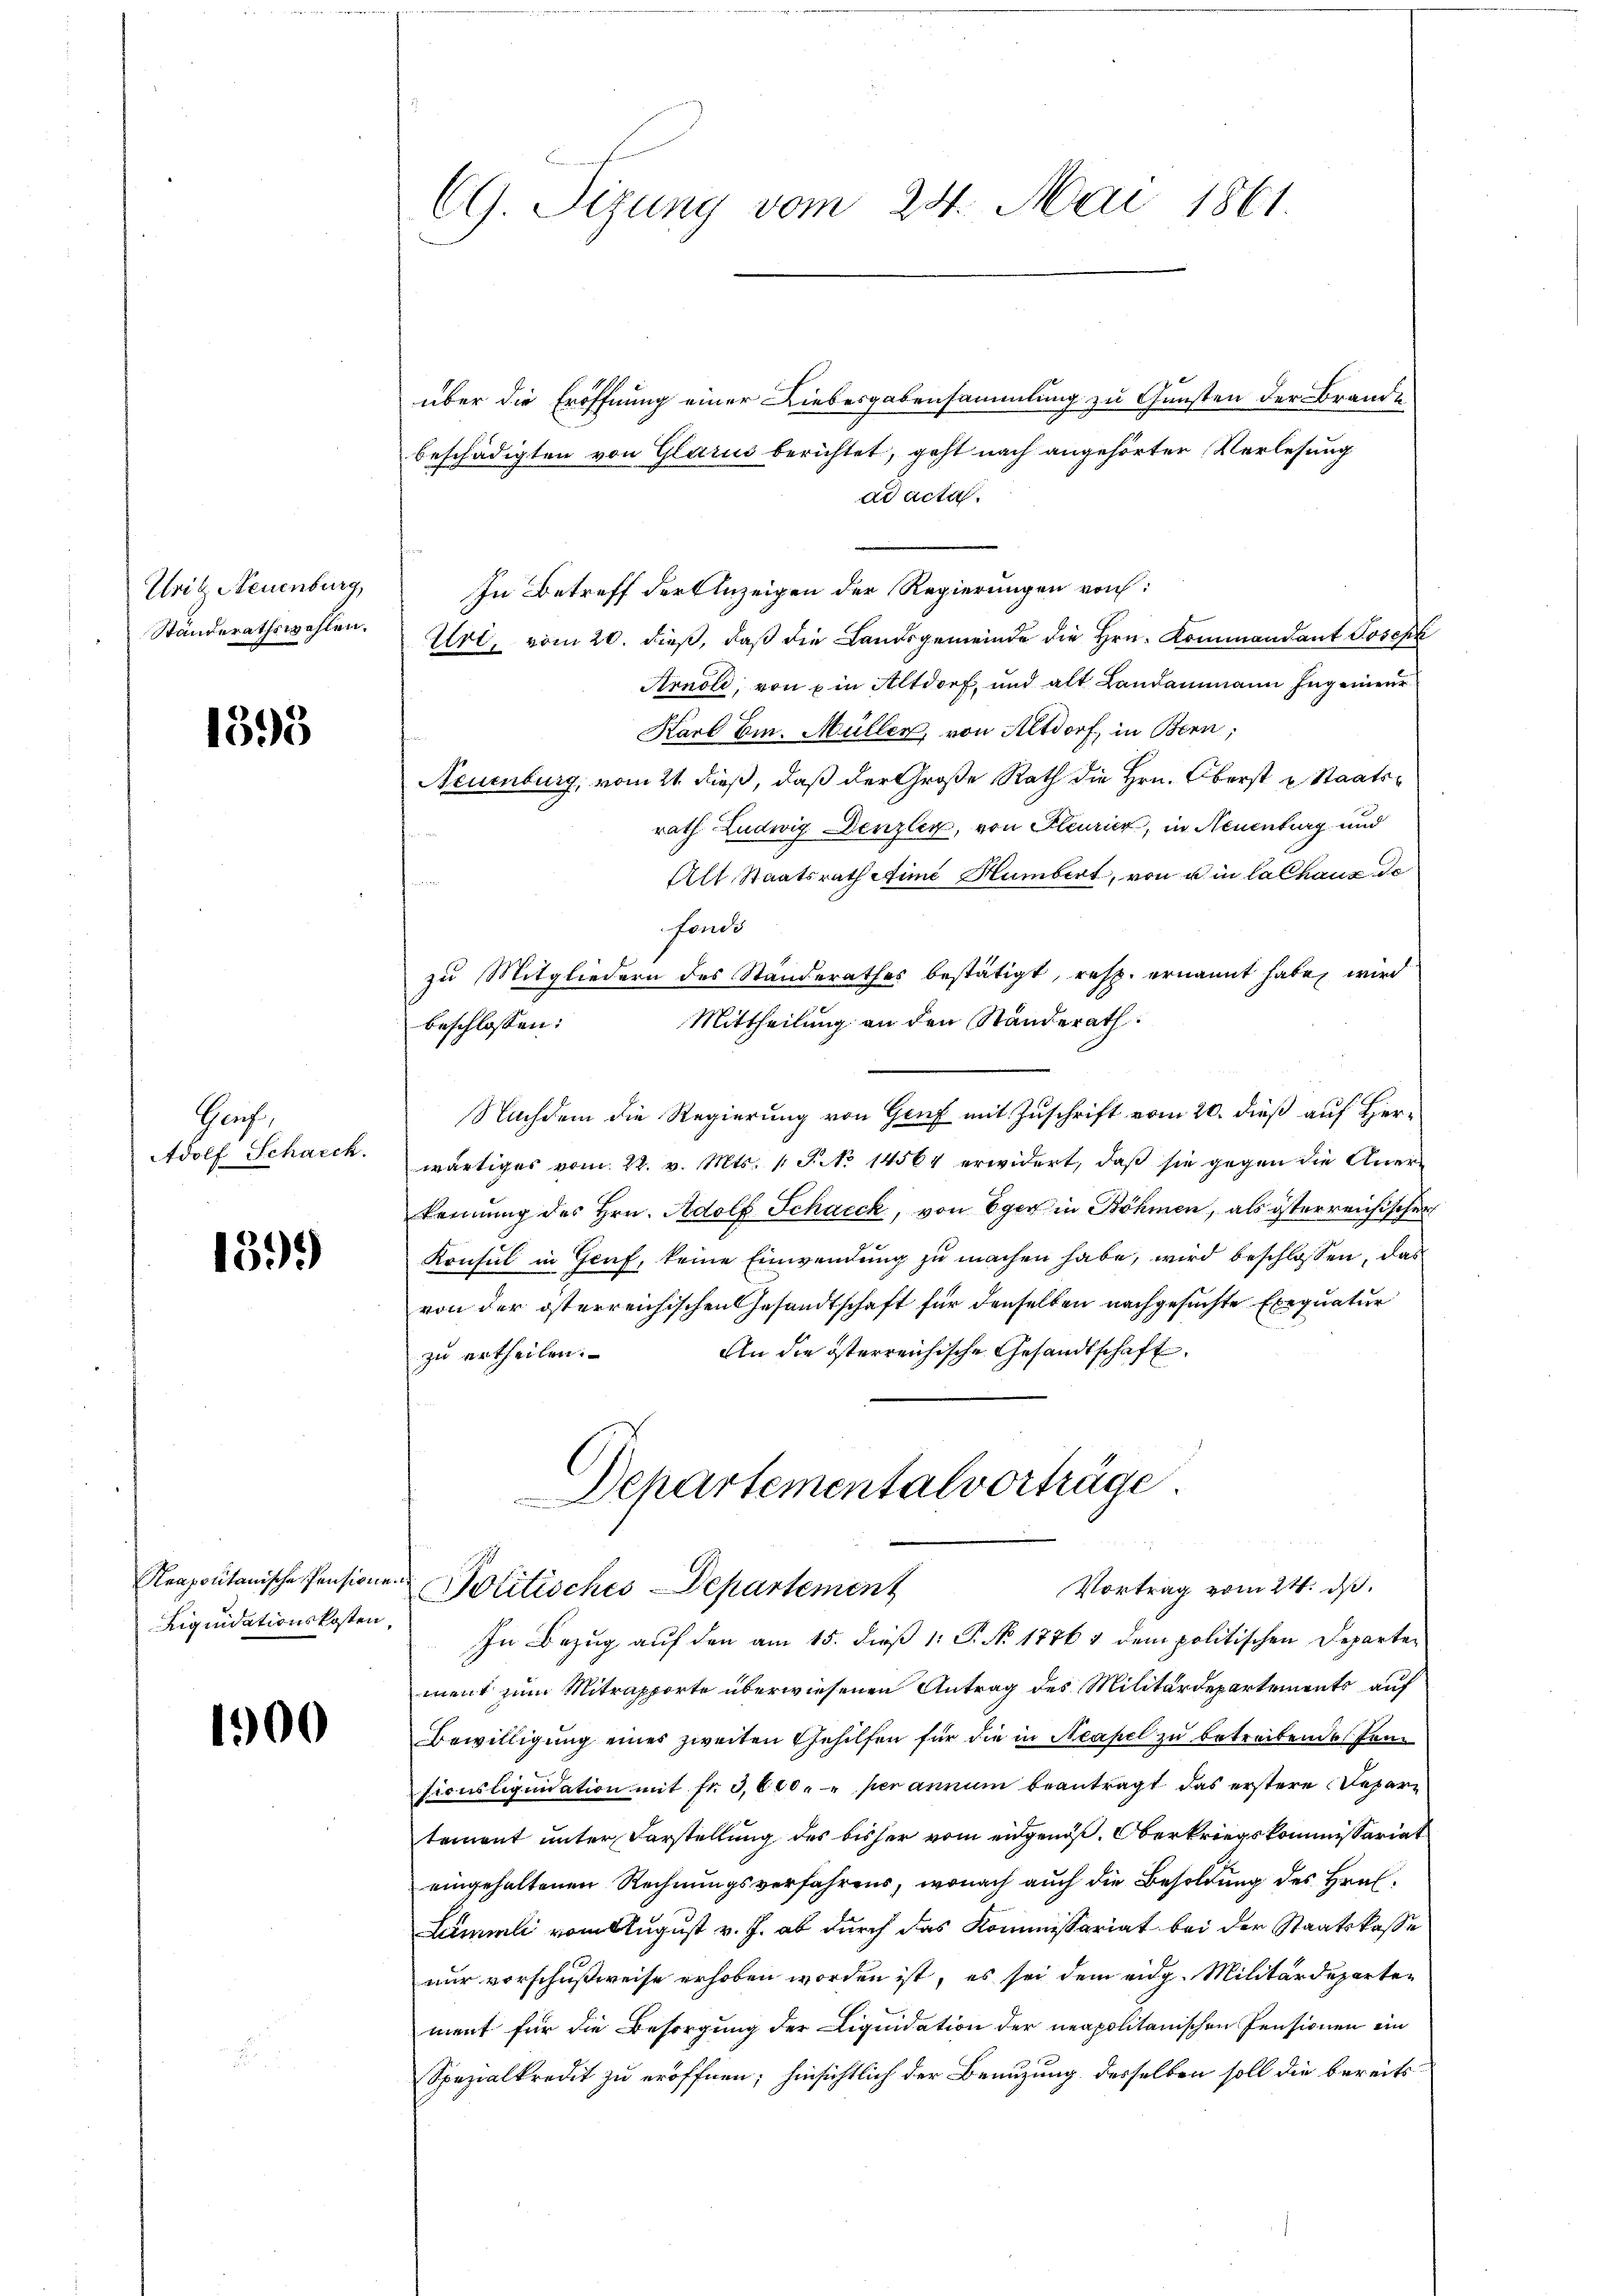
Urit Neuenburg,
Standerathswahlen.

1395

Glach,
Adolf Scharck.

13.)

Neapontanische Pensione
Liquidationskosten,

1900

CG. Sizung vom 24. Mai 1861.

über die Eröffnung einer Liebesgabensammlung zu Gunsten der Brande
beschädigten von Glarus berichtet, geht nach angehörter Verlesung
ad acta
In Betreff der Anzeigen der Regierungen von:
Uri, vom 20. dieß, daß die Landsgemeinde die Hrn. Kommandant Joseph
Arnold, von ein Altdorf, und alt Landammann Ingenneur
Karl Em. Müller, von Altdorf, in Bern,
Neuenburg, vom 21. dieß, daß der Große Rath die Hrn. Oberst u. Staatsrath Ludwig Denzler, von Pleurier, in Neuenburg und
Alt Staatsrath Aimi Humbert, von u in lalhaus de
fonde
zu Mitgliedern des Standerathes bestätigt, resp. ernannt habe, wird
Mittheilung an den Standerath
beschlossen:
Nachdem die Regierung von Genf mit Zuschrift vom 20. dieß auf Herwärtiges vom 22. v. Mts. 1 S. No 14564 erwidert, daß sie gegen die Anerkennung des Hrn. Adolf Schacck, von Eger in Böhmen, als österreichischer
Konsul in Genf, keine Einwendung zu machen habe, wird beschlossen, das
von der österreichischen Gesandtschaft für denselben nachgesuchte Exequatur
An die österreichische Gesandtschaft.
zu ertheilen.
Departementalvorträge
Vortrag vom 24. ds.
Politisches Departement
In Bezug auf den am 15. dieß 1: P. No 1776 & dem politischen Departement zum Mitrapporte überwiesenen Antrag des Militärdepartements auf
Bewilligung eines zweiten Gehilfen für die in Neapel zu betreibende Jensicusliquidation mit fr. 3,600 " " per anrum beantragt das erstere Departement unter Darstellung des bisher vom eidgenöß. Oberkriegskommissariat
eingehaltenen Rechnungsverfahrens, wonach auch die Besoldung des Hrn.
Lummli vom August v. J. ab durch das Kommissariat bei der Staatskasse
nur vorschußweise erhoben worden ist, es sei dem eidg. Militärdeparten
ment für die Besorgung der Liquidation der neapolitanischen Pensionen ein
Spezialkredit zu eröffnen; hinsichtlich der Benuzung desselben soll die bereits¬